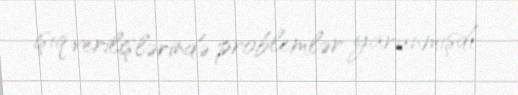
işıq verilişlərində problemlər yaranmışdı.